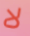
لا